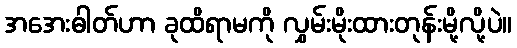
အအေးဓါတ်ဟာ ခုထိရာမကို လွှမ်းမိုးထားတုန်းမို့လို့ပဲ။